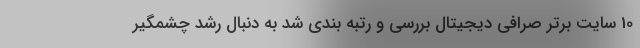
10 سایت برتر صرافی دیجیتال بررسی و رتبه بندی شد به دنبال رشد چشمگیر